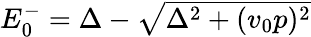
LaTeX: \begin{array}{r}{E_{0}^{-}=\Delta-\sqrt{\Delta^{2}+(v_{0}p)^{2}}}\end{array}